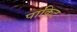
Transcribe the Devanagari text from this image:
पाकिट